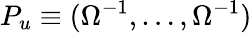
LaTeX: P_{u}\equiv({\Omega}^{-1},\dots,{\Omega}^{-1})